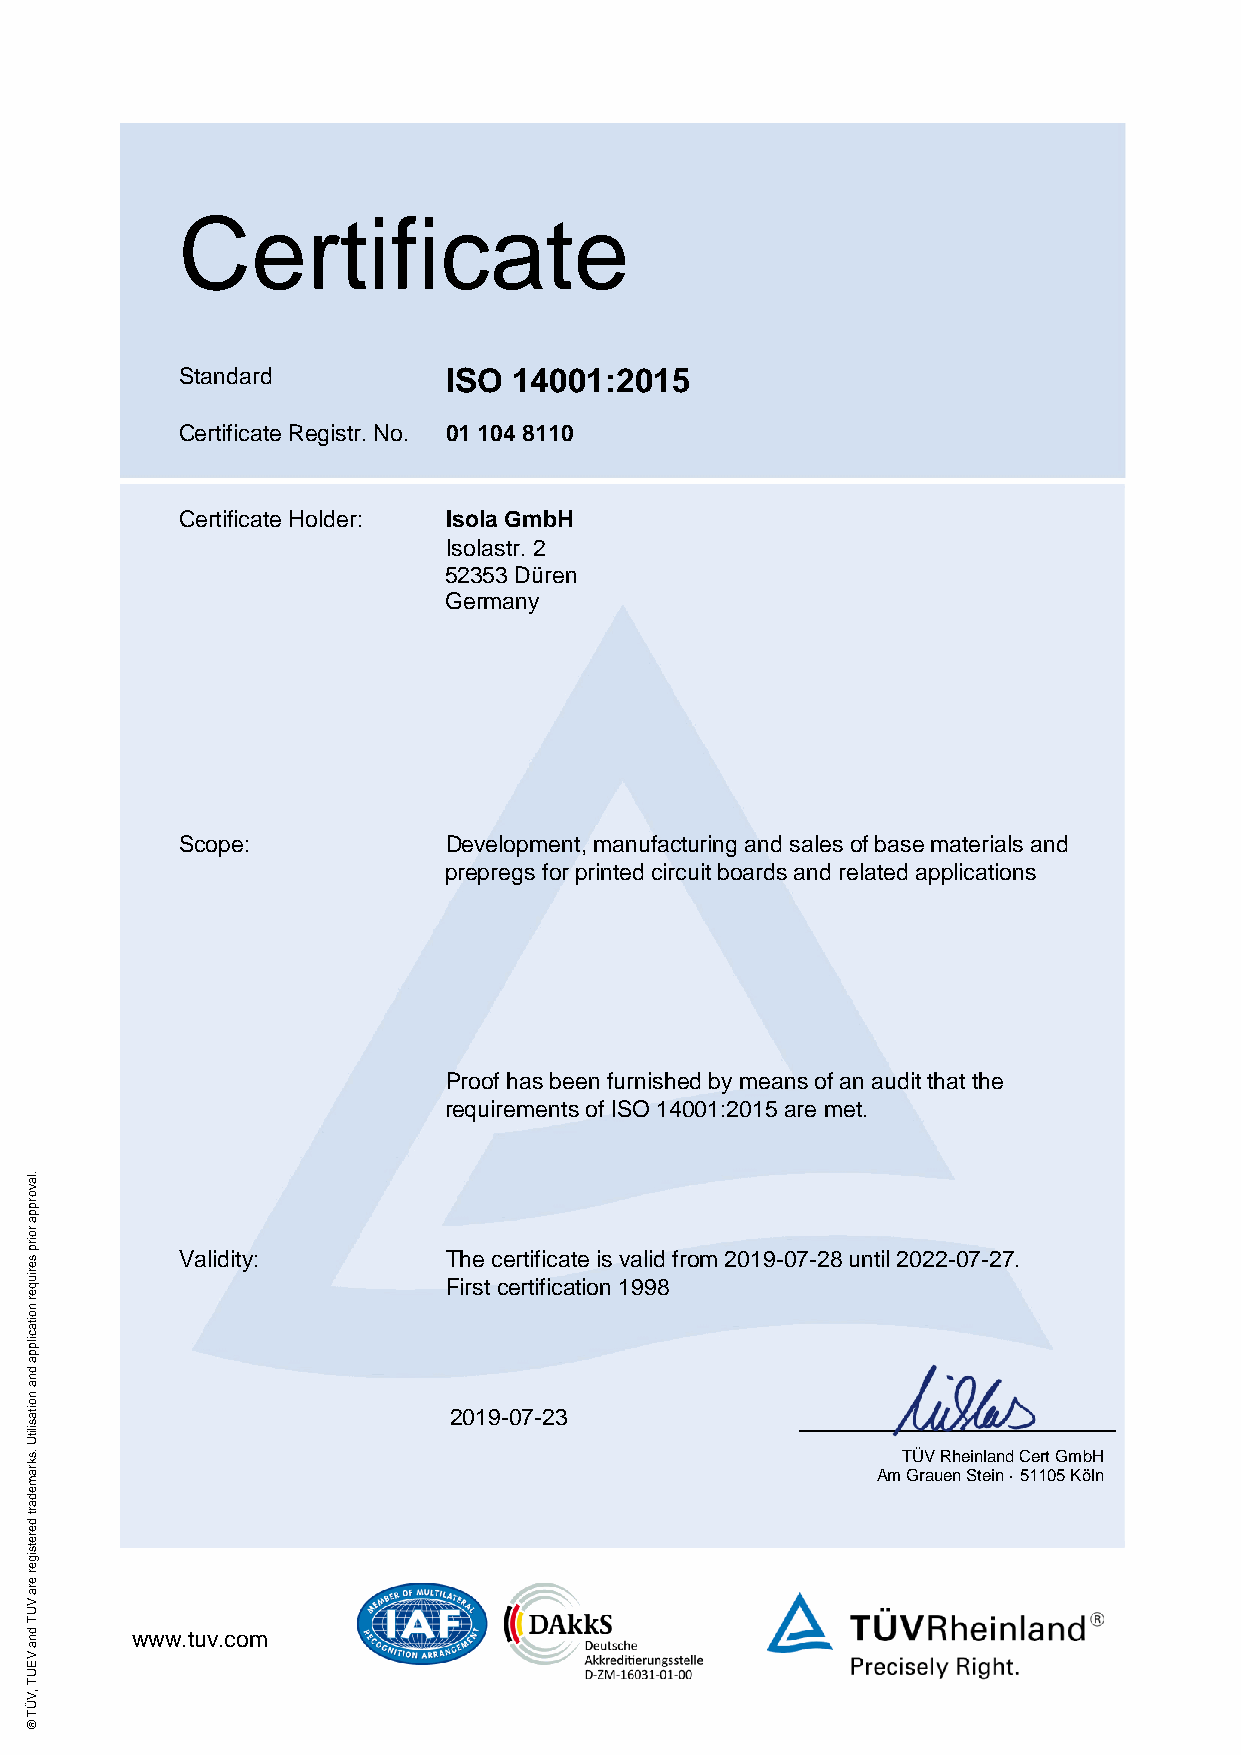
Certificate
 Standard         ISO  14001:2015
 Certificate Registr. No. 01 104 8110
 Certificate Holder: Isola GmbH
 Isolastr. 2
 52353 Düren
 Germany
 Scope:           Development, manufacturing and sales of base materials and
 prepregs for printed circuit boards and related applications
 Proof has been furnished by means of an audit that the
 requirements of ISO 14001:2015 are met.
 .la
 v
 o
 rp
 p
 a
 ro
 irp
 s         Validity:        The certificate is valid from 2019-07-28 until 2022-07-27.
 e
 riu
 q                          First certification 1998
 e
 r
 n
 o
 ita
 cilp
 p
 a
 d
 n
 a
 n
 o
 ita                         2019-07-23
 silitU
 .sk
 ra                                                      Am
 T GÜ rV
 au
 R eh ne Sin tela inn d
 ·
 5C 1e 1rt
 0
 G
 5
 m Köb lH
 n
 m
 e
 d
 a
 rt
 d
 e
 re
 tsig
 e
 r
 e
 ra
 V
 U
 T
 d n    www.tuv.com
 a
 V
 E
 U
 T
 ,V
 Ü
 T
 ®